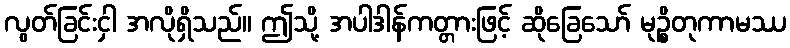
လွတ်ခြင်းငှါ အလိုရှိသည်။ ဤသို့ အပါဒါန်ကတ္တားဖြင့် ဆိုခြေသော် မုဉ္စိတုကာမဿ